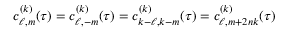
c _ { \ell , m } ^ { ( k ) } ( \tau ) = c _ { \ell , - m } ^ { ( k ) } ( \tau ) = c _ { k - \ell , k - m } ^ { ( k ) } ( \tau ) = c _ { \ell , m + 2 n k } ^ { ( k ) } ( \tau )